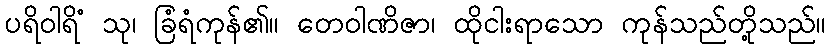
ပရိဝါရိံ သု၊ ခြံရံကုန်၏။ တေဝါဏိဇာ၊ ထိုငါးရာသော ကုန်သည်တို့သည်။